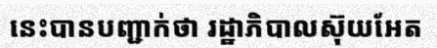
នេះបានបញ្ជាក់ថា រដ្ឋាភិបាលស៊ុយអែត